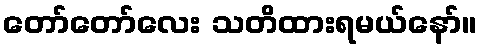
တော်တော်လေး သတိထားရမယ်နော်။